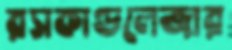
রসকাণ্ডলেজার